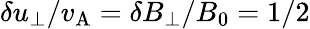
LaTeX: \delta u_{\perp}/v_{\mathrm{A}}=\delta B_{\perp}/B_{0}=1/2